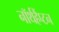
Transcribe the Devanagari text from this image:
नॉर्थहैंप्टन